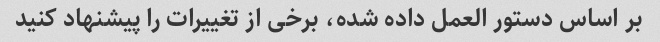
بر اساس دستور العمل داده شده، برخی از تغییرات را پیشنهاد کنید